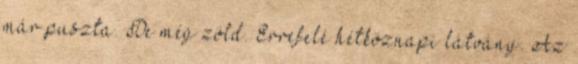
már puszta. De még zöld. Errefelé hétköznapi látvány. Az